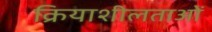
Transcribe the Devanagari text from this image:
क्रियाशीलताओं